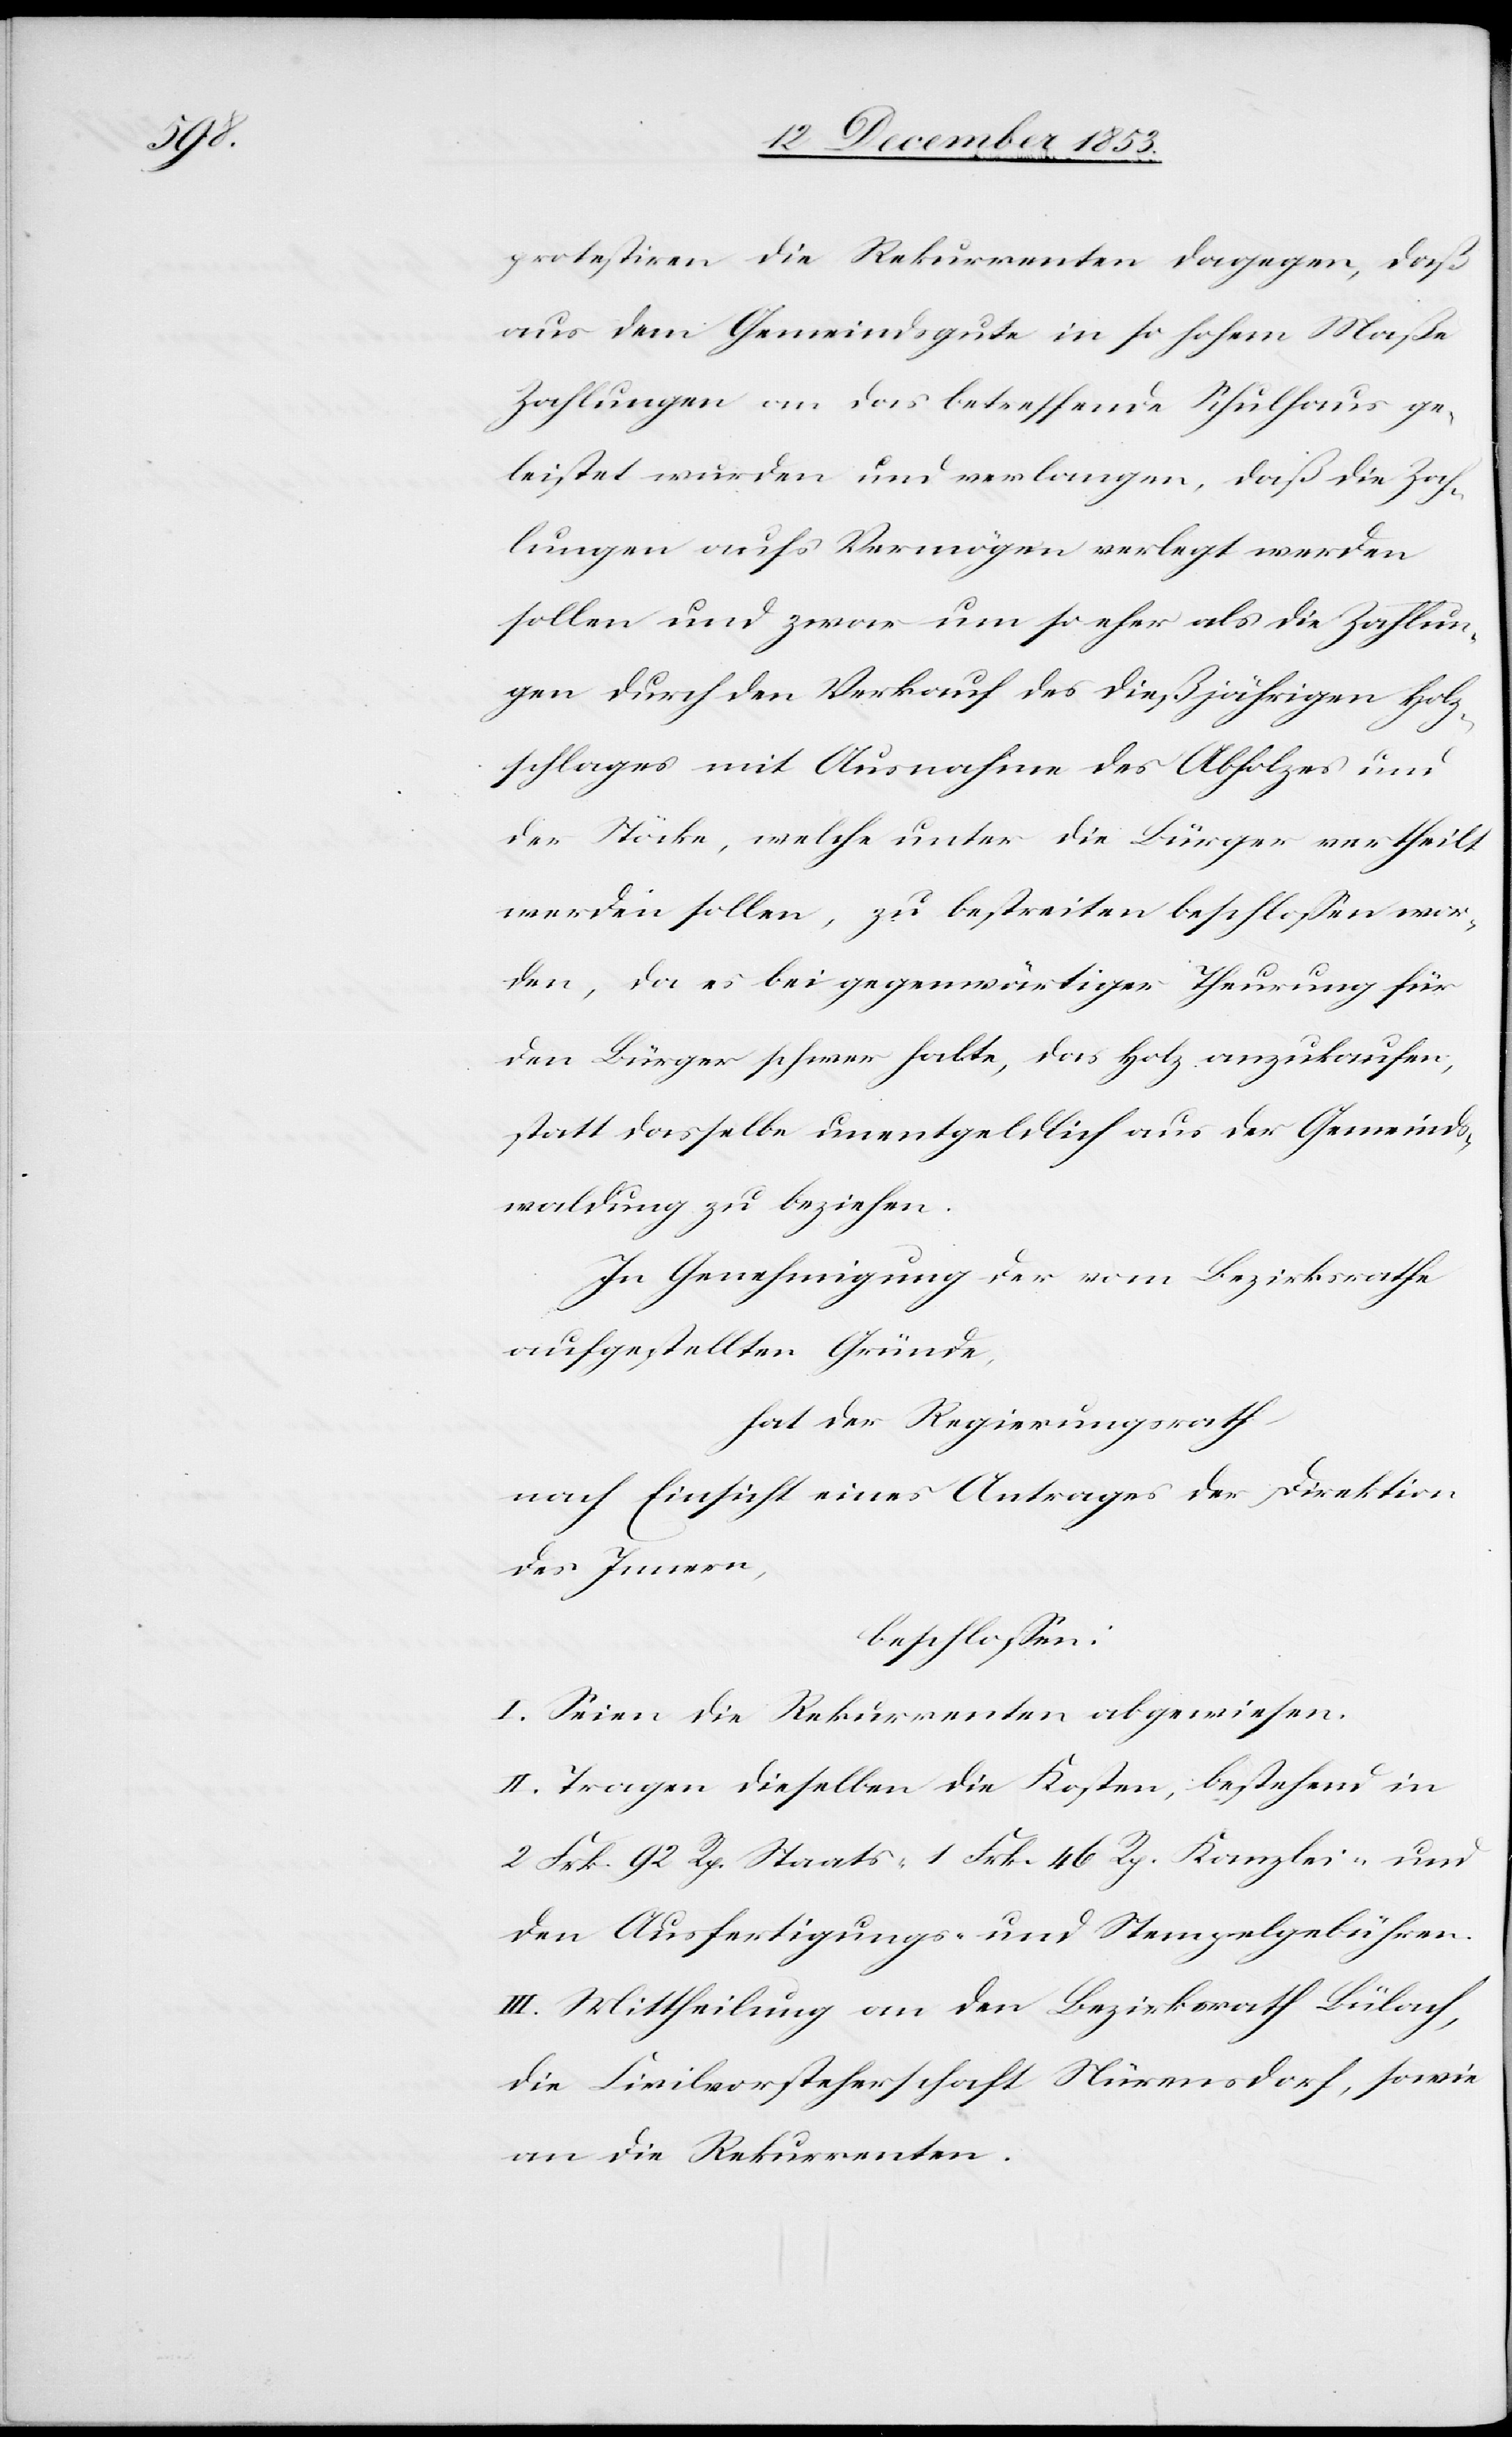
protestiren die Rekurrenten dagegen, daß
aus dem Gemeindsgute in so hohem Maße
Zahlungen an das betreffende Schulhaus ge¬
leistet wurden und verlangen, daß die Zah¬
lungen aufs Vermögen verlegt werden
sollen und zwar um so eher als die Zahlun¬
gen durch den Verkauf des dießjährigen Holz¬
schlages mit Ausnahme des Abholzes und
der Stöcke, welche unter die Bürger vertheilt
werden sollen, zu bestreiten beschloßen wor¬
den, da es bei gegenwärtiger Theurung für
den Bürger schwer halte, das Holz anzukaufen,
statt dasselbe unentgeldlich aus der Gemeinds¬
waldung zu beziehen.
In Genehmigung der vom Bezirksrathe
aufgestellten Gründe,
hat der Regierungsrath
nach Einsicht eines Antrages der Direktion
des Innern,
beschloßen:
I. Seien die Rekurrenten abgewiesen.
II. Tragen dieselben die Kosten, bestehend in
2 Frk. 92 Rp. Staats- 1 Frk. 46 Rp. Kanzlei- und
den Ausfertigungs- u. Stempelgebühren.
III. Mittheilung an den Bezirksrath Bülach,
die Civilvorsteherschaft Nürensdorf, sowie
an die Rekurrenten.